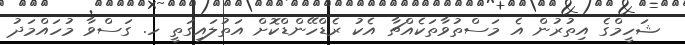
ޝަހީމްގެ އިތުރުން އެ މަސްތުވާތަކެއްޗާ އެކު ރެޑްހޭންޑްކޮށް އަތުލައިގަތީ ހ. ގަސްވާ މުހައްމަދު